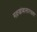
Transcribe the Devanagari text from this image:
मल्लखांबासारख्या